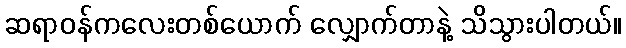
ဆရာဝန်ကလေးတစ်ယောက် လျှောက်တာနဲ့ သိသွားပါတယ်။